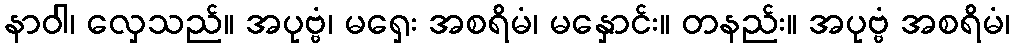
နာဝါ၊ လှေသည်။ အပုဗ္ဗံ၊ မရှေး အစရိမံ၊ မနှောင်း။ တနည်း။ အပုဗ္ဗံ အစရိမံ၊